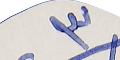
٣